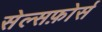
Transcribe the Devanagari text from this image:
सेल्सफ़ोर्स